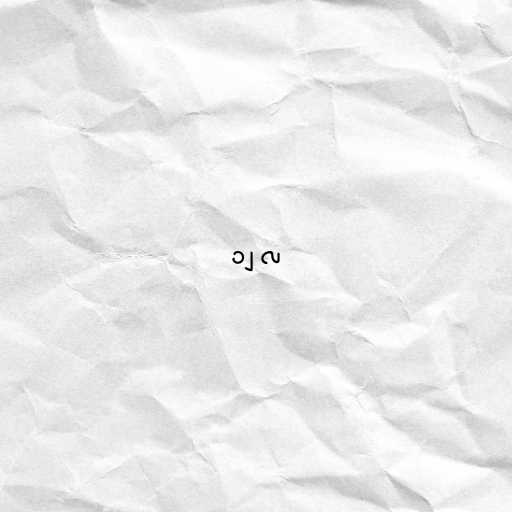
၁၂ လ